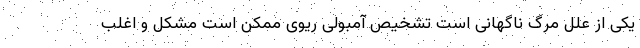
یکی از علل مرگ ناگهانی است تشخیص آمبولی ریوی ممکن است مشکل و اغلب